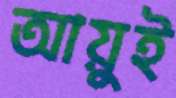
আয়ুই